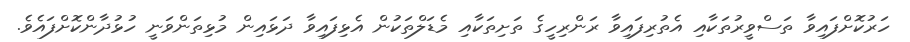
ހަރުކޮށްފައިވާ ތަސްވީރުތަކާއި އެތުރިފައިވާ ރަންރިހީގެ ތަށިތަކާއި މެޑަލްތަކުން އެޅިފައިވާ ދަޅައިން މުޅިތަންވަނީ ހުޅުދާންކޮށްފައެވެ.